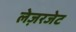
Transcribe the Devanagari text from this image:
लेज़रजेट